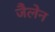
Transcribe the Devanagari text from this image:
जैलेन